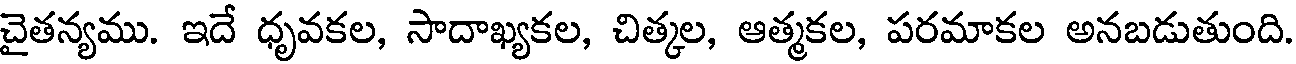
చైతన్యము. ఇదే ధృవకల, సాదాఖ్యకల, చిత్కల, ఆత్మకల, పరమాకల అనబడుతుంది